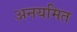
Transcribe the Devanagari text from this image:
अनयमित